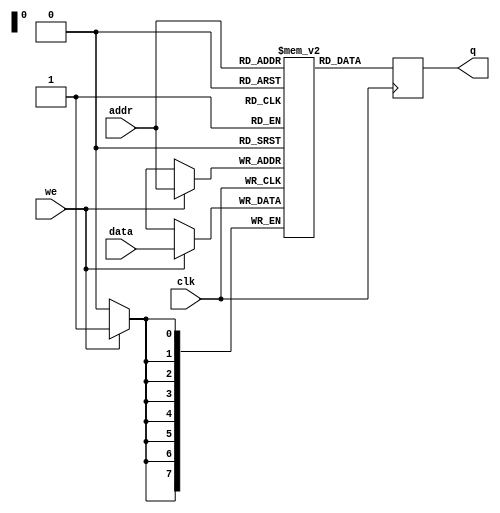

//RAM module
//Module that stores instruction to be executed
module ram (data,addr,we, clk,q);
	input [7:0] data, addr;
	input we, clk;	
	output reg [7:0] q;

	// Declare the RAM variable
	reg [7:0] ram[255:0];
	
	// Variable to hold the registered read address
	reg [7:0] addr_reg;

	initial
		begin

//******************Write your program here**********//

                ram[0] <= 8'b11100000;
                ram[1] <= 8'b00000000;
                ram[2] <= 8'b00000100;
                ram[3] <= 8'b11100100;            
                ram[4] <= 8'b11100100;            
                ram[5] <= 8'b00000010;
                ram[6] <= 8'b00000010;
                ram[7] <= 8'b00100100;       
                ram[8] <= 8'b00000000;	
                ram[9] <= 8'b00000000;	
                ram[10] <= 8'b00000000;	

//******************Write your program here**********//

		end 
        initial
            q = 8'b00000000;

	always @ (posedge clk)
	begin
	// Write
		if (we)
			ram[addr] <= data;		
		q <= ram[addr];		
	end	
endmodule